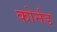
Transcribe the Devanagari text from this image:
कोर्नड